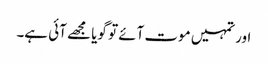
اور تمہیں موت آئے تو گویا مجھے آئی ہے۔